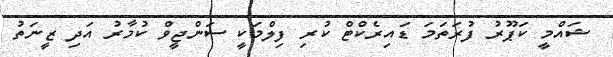
ޝައްމީ ކަޕޫރު ފުރަތަމަ ޑައިރެކްޓް ކުރި ފިލްމަކީ ސަންޖީވް ކުމާރު އަދި ޒީނަތު